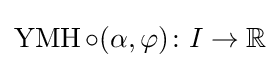
\operatorname {YMH} \circ (\alpha ,\varphi )\colon I\rightarrow \mathbb {R}